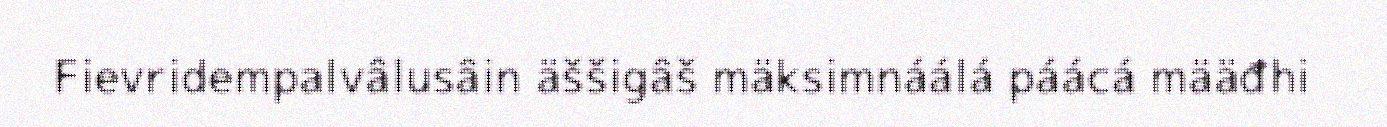
Fievridempalvâlusâin äššigâš mäksimnáálá páácá määđhi